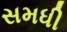
સમધી